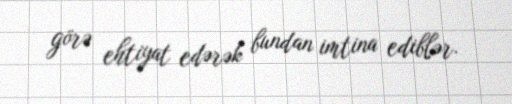
görə ehtiyat edərək bundan imtina ediblər.